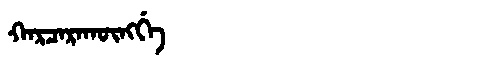
Manchu: ᡴᠠᡵᠴᠠᡵᠠᡴᡡᠩᡤᡝ
Romanization: KARCARAKŪNGGE